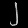
Digit: ၂